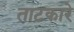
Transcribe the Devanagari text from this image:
ताटकारे